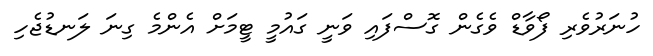
ހުނަރުވެރި ފޯވާޑް ވެގެން ގޮސްފައި ވަނީ ގައުމީ ޓީމަށް އެންމެ ގިނަ ލަނޑުޖެހި